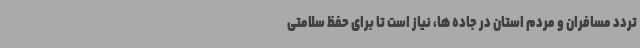
تردد مسافران و مردم استان در جاده ها، نیاز است تا برای حفظ سلامتی